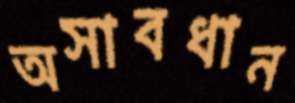
অসাবধান